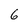
Character: 6